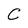
Character: C